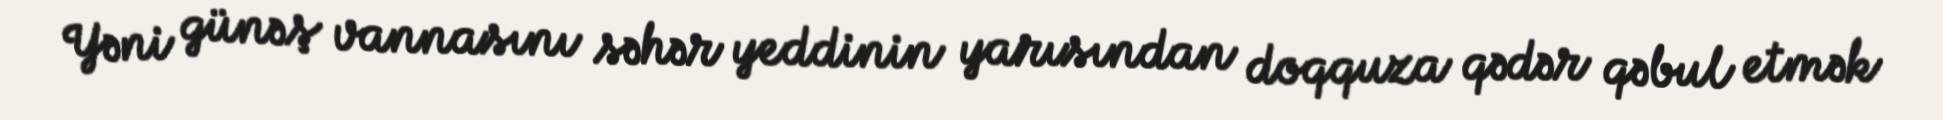
Yəni günəş vannasını səhər yeddinin yarısından doqquza qədər qəbul etmək